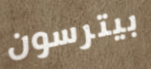
بيترسون